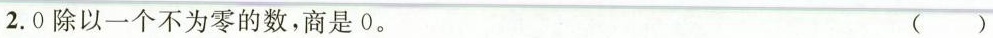
2.0除以一个不为零的数，商是0。 ()